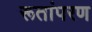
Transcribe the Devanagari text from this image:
रूतांपरण